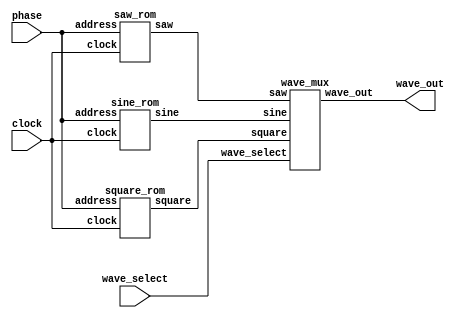
module wave_rom(
	input clock,
	input [1:0] wave_select,
	input [7:0] phase,
	output [15:0] wave_out
	);

	wire [15:0] sine, saw, square;

	sine_rom s0 (clock, phase, sine);
	saw_rom s1 (clock, phase, saw);
	square_rom s2 (clock, phase, square);

	wave_mux u_wm(sine, saw, square, wave_select, wave_out);

endmodule

module wave_mux(
	input [15:0] sine, saw, square,
	input [1:0] wave_select,
	output reg [15:0] wave_out
	);

	always @ (*)
	begin
		case(wave_select)

		0: wave_out = sine;
		1: wave_out = saw;
		2: wave_out = square;

		default: wave_out = sine;

		endcase
	end

endmodule






//////////////////////////////////////////////////
////////////	Sin Wave ROM Table	//////////////
//////////////////////////////////////////////////
// produces a 2's comp, 16-bit, approximation
// of a sine wave, given an input phase (address)
module sine_rom (clock, address, sine);
input clock;
input [7:0] address;
output [15:0] sine;
reg signed [15:0] sine;
always@(posedge clock)
begin
    case(address)
    			8'h00: sine = 16'h0;
			8'h01: sine = 16'h324;
			8'h02: sine = 16'h647;
			8'h03: sine = 16'h96a;
			8'h04: sine = 16'hc8b;
			8'h05: sine = 16'hfab;
			8'h06: sine = 16'h12c7;
			8'h07: sine = 16'h15e1;
			8'h08: sine = 16'h18f8;
			8'h09: sine = 16'h1c0b;
			8'h0a: sine = 16'h1f19;
			8'h0b: sine = 16'h2223;
			8'h0c: sine = 16'h2527;
			8'h0d: sine = 16'h2826;
			8'h0e: sine = 16'h2b1e;
			8'h0f: sine = 16'h2e10;
			8'h10: sine = 16'h30fb;
			8'h11: sine = 16'h33de;
			8'h12: sine = 16'h36b9;
			8'h13: sine = 16'h398c;
			8'h14: sine = 16'h3c56;
			8'h15: sine = 16'h3f16;
			8'h16: sine = 16'h41cd;
			8'h17: sine = 16'h447a;
			8'h18: sine = 16'h471c;
			8'h19: sine = 16'h49b3;
			8'h1a: sine = 16'h4c3f;
			8'h1b: sine = 16'h4ebf;
			8'h1c: sine = 16'h5133;
			8'h1d: sine = 16'h539a;
			8'h1e: sine = 16'h55f4;
			8'h1f: sine = 16'h5842;
			8'h20: sine = 16'h5a81;
			8'h21: sine = 16'h5cb3;
			8'h22: sine = 16'h5ed6;
			8'h23: sine = 16'h60eb;
			8'h24: sine = 16'h62f1;
			8'h25: sine = 16'h64e7;
			8'h26: sine = 16'h66ce;
			8'h27: sine = 16'h68a5;
			8'h28: sine = 16'h6a6c;
			8'h29: sine = 16'h6c23;
			8'h2a: sine = 16'h6dc9;
			8'h2b: sine = 16'h6f5e;
			8'h2c: sine = 16'h70e1;
			8'h2d: sine = 16'h7254;
			8'h2e: sine = 16'h73b5;
			8'h2f: sine = 16'h7503;
			8'h30: sine = 16'h7640;
			8'h31: sine = 16'h776b;
			8'h32: sine = 16'h7883;
			8'h33: sine = 16'h7989;
			8'h34: sine = 16'h7a7c;
			8'h35: sine = 16'h7b5c;
			8'h36: sine = 16'h7c29;
			8'h37: sine = 16'h7ce2;
			8'h38: sine = 16'h7d89;
			8'h39: sine = 16'h7e1c;
			8'h3a: sine = 16'h7e9c;
			8'h3b: sine = 16'h7f08;
			8'h3c: sine = 16'h7f61;
			8'h3d: sine = 16'h7fa6;
			8'h3e: sine = 16'h7fd7;
			8'h3f: sine = 16'h7ff5;
			8'h40: sine = 16'h7fff;
			8'h41: sine = 16'h7ff5;
			8'h42: sine = 16'h7fd7;
			8'h43: sine = 16'h7fa6;
			8'h44: sine = 16'h7f61;
			8'h45: sine = 16'h7f08;
			8'h46: sine = 16'h7e9c;
			8'h47: sine = 16'h7e1c;
			8'h48: sine = 16'h7d89;
			8'h49: sine = 16'h7ce2;
			8'h4a: sine = 16'h7c29;
			8'h4b: sine = 16'h7b5c;
			8'h4c: sine = 16'h7a7c;
			8'h4d: sine = 16'h7989;
			8'h4e: sine = 16'h7883;
			8'h4f: sine = 16'h776b;
			8'h50: sine = 16'h7640;
			8'h51: sine = 16'h7503;
			8'h52: sine = 16'h73b5;
			8'h53: sine = 16'h7254;
			8'h54: sine = 16'h70e1;
			8'h55: sine = 16'h6f5e;
			8'h56: sine = 16'h6dc9;
			8'h57: sine = 16'h6c23;
			8'h58: sine = 16'h6a6c;
			8'h59: sine = 16'h68a5;
			8'h5a: sine = 16'h66ce;
			8'h5b: sine = 16'h64e7;
			8'h5c: sine = 16'h62f1;
			8'h5d: sine = 16'h60eb;
			8'h5e: sine = 16'h5ed6;
			8'h5f: sine = 16'h5cb3;
			8'h60: sine = 16'h5a81;
			8'h61: sine = 16'h5842;
			8'h62: sine = 16'h55f4;
			8'h63: sine = 16'h539a;
			8'h64: sine = 16'h5133;
			8'h65: sine = 16'h4ebf;
			8'h66: sine = 16'h4c3f;
			8'h67: sine = 16'h49b3;
			8'h68: sine = 16'h471c;
			8'h69: sine = 16'h447a;
			8'h6a: sine = 16'h41cd;
			8'h6b: sine = 16'h3f16;
			8'h6c: sine = 16'h3c56;
			8'h6d: sine = 16'h398c;
			8'h6e: sine = 16'h36b9;
			8'h6f: sine = 16'h33de;
			8'h70: sine = 16'h30fb;
			8'h71: sine = 16'h2e10;
			8'h72: sine = 16'h2b1e;
			8'h73: sine = 16'h2826;
			8'h74: sine = 16'h2527;
			8'h75: sine = 16'h2223;
			8'h76: sine = 16'h1f19;
			8'h77: sine = 16'h1c0b;
			8'h78: sine = 16'h18f8;
			8'h79: sine = 16'h15e1;
			8'h7a: sine = 16'h12c7;
			8'h7b: sine = 16'hfab;
			8'h7c: sine = 16'hc8b;
			8'h7d: sine = 16'h96a;
			8'h7e: sine = 16'h647;
			8'h7f: sine = 16'h324;
			8'h80: sine = 16'h0;
			8'h81: sine = 16'hfcdc;
			8'h82: sine = 16'hf9b9;
			8'h83: sine = 16'hf696;
			8'h84: sine = 16'hf375;
			8'h85: sine = 16'hf055;
			8'h86: sine = 16'hed39;
			8'h87: sine = 16'hea1f;
			8'h88: sine = 16'he708;
			8'h89: sine = 16'he3f5;
			8'h8a: sine = 16'he0e7;
			8'h8b: sine = 16'hdddd;
			8'h8c: sine = 16'hdad9;
			8'h8d: sine = 16'hd7da;
			8'h8e: sine = 16'hd4e2;
			8'h8f: sine = 16'hd1f0;
			8'h90: sine = 16'hcf05;
			8'h91: sine = 16'hcc22;
			8'h92: sine = 16'hc947;
			8'h93: sine = 16'hc674;
			8'h94: sine = 16'hc3aa;
			8'h95: sine = 16'hc0ea;
			8'h96: sine = 16'hbe33;
			8'h97: sine = 16'hbb86;
			8'h98: sine = 16'hb8e4;
			8'h99: sine = 16'hb64d;
			8'h9a: sine = 16'hb3c1;
			8'h9b: sine = 16'hb141;
			8'h9c: sine = 16'haecd;
			8'h9d: sine = 16'hac66;
			8'h9e: sine = 16'haa0c;
			8'h9f: sine = 16'ha7be;
			8'ha0: sine = 16'ha57f;
			8'ha1: sine = 16'ha34d;
			8'ha2: sine = 16'ha12a;
			8'ha3: sine = 16'h9f15;
			8'ha4: sine = 16'h9d0f;
			8'ha5: sine = 16'h9b19;
			8'ha6: sine = 16'h9932;
			8'ha7: sine = 16'h975b;
			8'ha8: sine = 16'h9594;
			8'ha9: sine = 16'h93dd;
			8'haa: sine = 16'h9237;
			8'hab: sine = 16'h90a2;
			8'hac: sine = 16'h8f1f;
			8'had: sine = 16'h8dac;
			8'hae: sine = 16'h8c4b;
			8'haf: sine = 16'h8afd;
			8'hb0: sine = 16'h89c0;
			8'hb1: sine = 16'h8895;
			8'hb2: sine = 16'h877d;
			8'hb3: sine = 16'h8677;
			8'hb4: sine = 16'h8584;
			8'hb5: sine = 16'h84a4;
			8'hb6: sine = 16'h83d7;
			8'hb7: sine = 16'h831e;
			8'hb8: sine = 16'h8277;
			8'hb9: sine = 16'h81e4;
			8'hba: sine = 16'h8164;
			8'hbb: sine = 16'h80f8;
			8'hbc: sine = 16'h809f;
			8'hbd: sine = 16'h805a;
			8'hbe: sine = 16'h8029;
			8'hbf: sine = 16'h800b;
			8'hc0: sine = 16'h8001;
			8'hc1: sine = 16'h800b;
			8'hc2: sine = 16'h8029;
			8'hc3: sine = 16'h805a;
			8'hc4: sine = 16'h809f;
			8'hc5: sine = 16'h80f8;
			8'hc6: sine = 16'h8164;
			8'hc7: sine = 16'h81e4;
			8'hc8: sine = 16'h8277;
			8'hc9: sine = 16'h831e;
			8'hca: sine = 16'h83d7;
			8'hcb: sine = 16'h84a4;
			8'hcc: sine = 16'h8584;
			8'hcd: sine = 16'h8677;
			8'hce: sine = 16'h877d;
			8'hcf: sine = 16'h8895;
			8'hd0: sine = 16'h89c0;
			8'hd1: sine = 16'h8afd;
			8'hd2: sine = 16'h8c4b;
			8'hd3: sine = 16'h8dac;
			8'hd4: sine = 16'h8f1f;
			8'hd5: sine = 16'h90a2;
			8'hd6: sine = 16'h9237;
			8'hd7: sine = 16'h93dd;
			8'hd8: sine = 16'h9594;
			8'hd9: sine = 16'h975b;
			8'hda: sine = 16'h9932;
			8'hdb: sine = 16'h9b19;
			8'hdc: sine = 16'h9d0f;
			8'hdd: sine = 16'h9f15;
			8'hde: sine = 16'ha12a;
			8'hdf: sine = 16'ha34d;
			8'he0: sine = 16'ha57f;
			8'he1: sine = 16'ha7be;
			8'he2: sine = 16'haa0c;
			8'he3: sine = 16'hac66;
			8'he4: sine = 16'haecd;
			8'he5: sine = 16'hb141;
			8'he6: sine = 16'hb3c1;
			8'he7: sine = 16'hb64d;
			8'he8: sine = 16'hb8e4;
			8'he9: sine = 16'hbb86;
			8'hea: sine = 16'hbe33;
			8'heb: sine = 16'hc0ea;
			8'hec: sine = 16'hc3aa;
			8'hed: sine = 16'hc674;
			8'hee: sine = 16'hc947;
			8'hef: sine = 16'hcc22;
			8'hf0: sine = 16'hcf05;
			8'hf1: sine = 16'hd1f0;
			8'hf2: sine = 16'hd4e2;
			8'hf3: sine = 16'hd7da;
			8'hf4: sine = 16'hdad9;
			8'hf5: sine = 16'hdddd;
			8'hf6: sine = 16'he0e7;
			8'hf7: sine = 16'he3f5;
			8'hf8: sine = 16'he708;
			8'hf9: sine = 16'hea1f;
			8'hfa: sine = 16'hed39;
			8'hfb: sine = 16'hf055;
			8'hfc: sine = 16'hf375;
			8'hfd: sine = 16'hf696;
			8'hfe: sine = 16'hf9b9;
			8'hff: sine = 16'hfcdc;
	endcase
end
endmodule

//////////////////////////////////////////////////
////////////	Square Wave ROM Table	//////////////
//////////////////////////////////////////////////
// produces a 2's comp, 16-bit, approximation
// of a square wave, given an input phase (address)
module square_rom (clock, address, square);
input clock;
input [7:0] address;
output [15:0] square;
reg signed [15:0] square;
always@(posedge clock)
begin
    case(address)
    		8'h00: square = 16'h8000;
			8'h01: square = 16'h8000;
			8'h02: square = 16'h8000;
			8'h03: square = 16'h8000;
			8'h04: square = 16'h8000;
			8'h05: square = 16'h8000;
			8'h06: square = 16'h8000;
			8'h07: square = 16'h8000;
			8'h08: square = 16'h8000;
			8'h09: square = 16'h8000;
			8'h0a: square = 16'h8000;
			8'h0b: square = 16'h8000;
			8'h0c: square = 16'h8000;
			8'h0d: square = 16'h8000;
			8'h0e: square = 16'h8000;
			8'h0f: square = 16'h8000;
			8'h10: square = 16'h8000;
			8'h11: square = 16'h8000;
			8'h12: square = 16'h8000;
			8'h13: square = 16'h8000;
			8'h14: square = 16'h8000;
			8'h15: square = 16'h8000;
			8'h16: square = 16'h8000;
			8'h17: square = 16'h8000;
			8'h18: square = 16'h8000;
			8'h19: square = 16'h8000;
			8'h1a: square = 16'h8000;
			8'h1b: square = 16'h8000;
			8'h1c: square = 16'h8000;
			8'h1d: square = 16'h8000;
			8'h1e: square = 16'h8000;
			8'h1f: square = 16'h8000;
			8'h20: square = 16'h8000;
			8'h21: square = 16'h8000;
			8'h22: square = 16'h8000;
			8'h23: square = 16'h8000;
			8'h24: square = 16'h8000;
			8'h25: square = 16'h8000;
			8'h26: square = 16'h8000;
			8'h27: square = 16'h8000;
			8'h28: square = 16'h8000;
			8'h29: square = 16'h8000;
			8'h2a: square = 16'h8000;
			8'h2b: square = 16'h8000;
			8'h2c: square = 16'h8000;
			8'h2d: square = 16'h8000;
			8'h2e: square = 16'h8000;
			8'h2f: square = 16'h8000;
			8'h30: square = 16'h8000;
			8'h31: square = 16'h8000;
			8'h32: square = 16'h8000;
			8'h33: square = 16'h8000;
			8'h34: square = 16'h8000;
			8'h35: square = 16'h8000;
			8'h36: square = 16'h8000;
			8'h37: square = 16'h8000;
			8'h38: square = 16'h8000;
			8'h39: square = 16'h8000;
			8'h3a: square = 16'h8000;
			8'h3b: square = 16'h8000;
			8'h3c: square = 16'h8000;
			8'h3d: square = 16'h8000;
			8'h3e: square = 16'h8000;
			8'h3f: square = 16'h8000;
			8'h40: square = 16'h8000;
			8'h41: square = 16'h8000;
			8'h42: square = 16'h8000;
			8'h43: square = 16'h8000;
			8'h44: square = 16'h8000;
			8'h45: square = 16'h8000;
			8'h46: square = 16'h8000;
			8'h47: square = 16'h8000;
			8'h48: square = 16'h8000;
			8'h49: square = 16'h8000;
			8'h4a: square = 16'h8000;
			8'h4b: square = 16'h8000;
			8'h4c: square = 16'h8000;
			8'h4d: square = 16'h8000;
			8'h4e: square = 16'h8000;
			8'h4f: square = 16'h8000;
			8'h50: square = 16'h8000;
			8'h51: square = 16'h8000;
			8'h52: square = 16'h8000;
			8'h53: square = 16'h8000;
			8'h54: square = 16'h8000;
			8'h55: square = 16'h8000;
			8'h56: square = 16'h8000;
			8'h57: square = 16'h8000;
			8'h58: square = 16'h8000;
			8'h59: square = 16'h8000;
			8'h5a: square = 16'h8000;
			8'h5b: square = 16'h8000;
			8'h5c: square = 16'h8000;
			8'h5d: square = 16'h8000;
			8'h5e: square = 16'h8000;
			8'h5f: square = 16'h8000;
			8'h60: square = 16'h8000;
			8'h61: square = 16'h8000;
			8'h62: square = 16'h8000;
			8'h63: square = 16'h8000;
			8'h64: square = 16'h8000;
			8'h65: square = 16'h8000;
			8'h66: square = 16'h8000;
			8'h67: square = 16'h8000;
			8'h68: square = 16'h8000;
			8'h69: square = 16'h8000;
			8'h6a: square = 16'h8000;
			8'h6b: square = 16'h8000;
			8'h6c: square = 16'h8000;
			8'h6d: square = 16'h8000;
			8'h6e: square = 16'h8000;
			8'h6f: square = 16'h8000;
			8'h70: square = 16'h8000;
			8'h71: square = 16'h8000;
			8'h72: square = 16'h8000;
			8'h73: square = 16'h8000;
			8'h74: square = 16'h8000;
			8'h75: square = 16'h8000;
			8'h76: square = 16'h8000;
			8'h77: square = 16'h8000;
			8'h78: square = 16'h8000;
			8'h79: square = 16'h8000;
			8'h7a: square = 16'h8000;
			8'h7b: square = 16'h8000;
			8'h7c: square = 16'h8000;
			8'h7d: square = 16'h8000;
			8'h7e: square = 16'h8000;
			8'h7f: square = 16'h8000;
			8'h80: square = 16'h7fff;
			8'h81: square = 16'h7fff;
			8'h82: square = 16'h7fff;
			8'h83: square = 16'h7fff;
			8'h84: square = 16'h7fff;
			8'h85: square = 16'h7fff;
			8'h86: square = 16'h7fff;
			8'h87: square = 16'h7fff;
			8'h88: square = 16'h7fff;
			8'h89: square = 16'h7fff;
			8'h8a: square = 16'h7fff;
			8'h8b: square = 16'h7fff;
			8'h8c: square = 16'h7fff;
			8'h8d: square = 16'h7fff;
			8'h8e: square = 16'h7fff;
			8'h8f: square = 16'h7fff;
			8'h90: square = 16'h7fff;
			8'h91: square = 16'h7fff;
			8'h92: square = 16'h7fff;
			8'h93: square = 16'h7fff;
			8'h94: square = 16'h7fff;
			8'h95: square = 16'h7fff;
			8'h96: square = 16'h7fff;
			8'h97: square = 16'h7fff;
			8'h98: square = 16'h7fff;
			8'h99: square = 16'h7fff;
			8'h9a: square = 16'h7fff;
			8'h9b: square = 16'h7fff;
			8'h9c: square = 16'h7fff;
			8'h9d: square = 16'h7fff;
			8'h9e: square = 16'h7fff;
			8'h9f: square = 16'h7fff;
			8'ha0: square = 16'h7fff;
			8'ha1: square = 16'h7fff;
			8'ha2: square = 16'h7fff;
			8'ha3: square = 16'h7fff;
			8'ha4: square = 16'h7fff;
			8'ha5: square = 16'h7fff;
			8'ha6: square = 16'h7fff;
			8'ha7: square = 16'h7fff;
			8'ha8: square = 16'h7fff;
			8'ha9: square = 16'h7fff;
			8'haa: square = 16'h7fff;
			8'hab: square = 16'h7fff;
			8'hac: square = 16'h7fff;
			8'had: square = 16'h7fff;
			8'hae: square = 16'h7fff;
			8'haf: square = 16'h7fff;
			8'hb0: square = 16'h7fff;
			8'hb1: square = 16'h7fff;
			8'hb2: square = 16'h7fff;
			8'hb3: square = 16'h7fff;
			8'hb4: square = 16'h7fff;
			8'hb5: square = 16'h7fff;
			8'hb6: square = 16'h7fff;
			8'hb7: square = 16'h7fff;
			8'hb8: square = 16'h7fff;
			8'hb9: square = 16'h7fff;
			8'hba: square = 16'h7fff;
			8'hbb: square = 16'h7fff;
			8'hbc: square = 16'h7fff;
			8'hbd: square = 16'h7fff;
			8'hbe: square = 16'h7fff;
			8'hbf: square = 16'h7fff;
			8'hc0: square = 16'h7fff;
			8'hc1: square = 16'h7fff;
			8'hc2: square = 16'h7fff;
			8'hc3: square = 16'h7fff;
			8'hc4: square = 16'h7fff;
			8'hc5: square = 16'h7fff;
			8'hc6: square = 16'h7fff;
			8'hc7: square = 16'h7fff;
			8'hc8: square = 16'h7fff;
			8'hc9: square = 16'h7fff;
			8'hca: square = 16'h7fff;
			8'hcb: square = 16'h7fff;
			8'hcc: square = 16'h7fff;
			8'hcd: square = 16'h7fff;
			8'hce: square = 16'h7fff;
			8'hcf: square = 16'h7fff;
			8'hd0: square = 16'h7fff;
			8'hd1: square = 16'h7fff;
			8'hd2: square = 16'h7fff;
			8'hd3: square = 16'h7fff;
			8'hd4: square = 16'h7fff;
			8'hd5: square = 16'h7fff;
			8'hd6: square = 16'h7fff;
			8'hd7: square = 16'h7fff;
			8'hd8: square = 16'h7fff;
			8'hd9: square = 16'h7fff;
			8'hda: square = 16'h7fff;
			8'hdb: square = 16'h7fff;
			8'hdc: square = 16'h7fff;
			8'hdd: square = 16'h7fff;
			8'hde: square = 16'h7fff;
			8'hdf: square = 16'h7fff;
			8'he0: square = 16'h7fff;
			8'he1: square = 16'h7fff;
			8'he2: square = 16'h7fff;
			8'he3: square = 16'h7fff;
			8'he4: square = 16'h7fff;
			8'he5: square = 16'h7fff;
			8'he6: square = 16'h7fff;
			8'he7: square = 16'h7fff;
			8'he8: square = 16'h7fff;
			8'he9: square = 16'h7fff;
			8'hea: square = 16'h7fff;
			8'heb: square = 16'h7fff;
			8'hec: square = 16'h7fff;
			8'hed: square = 16'h7fff;
			8'hee: square = 16'h7fff;
			8'hef: square = 16'h7fff;
			8'hf0: square = 16'h7fff;
			8'hf1: square = 16'h7fff;
			8'hf2: square = 16'h7fff;
			8'hf3: square = 16'h7fff;
			8'hf4: square = 16'h7fff;
			8'hf5: square = 16'h7fff;
			8'hf6: square = 16'h7fff;
			8'hf7: square = 16'h7fff;
			8'hf8: square = 16'h7fff;
			8'hf9: square = 16'h7fff;
			8'hfa: square = 16'h7fff;
			8'hfb: square = 16'h7fff;
			8'hfc: square = 16'h7fff;
			8'hfd: square = 16'h7fff;
			8'hfe: square = 16'h7fff;
			8'hff: square = 16'h7fff;
	endcase
end
endmodule

//////////////////////////////////////////////////
////////////	Saw Wave ROM Table	//////////////
//////////////////////////////////////////////////
// produces a 2's comp, 16-bit, approximation
// of a saw wave, given an input phase (address)
module saw_rom (clock, address, saw);
input clock;
input [7:0] address;
output [15:0] saw;
reg signed [15:0] saw;
always@(posedge clock)
begin
    case(address)
			8'h00: saw = 16'h7fff;
			8'h01: saw = 16'h7efe;
			8'h02: saw = 16'h7dfd;
			8'h03: saw = 16'h7cfc;
			8'h04: saw = 16'h7bfb;
			8'h05: saw = 16'h7afa;
			8'h06: saw = 16'h79f9;
			8'h07: saw = 16'h78f8;
			8'h08: saw = 16'h77f7;
			8'h09: saw = 16'h76f6;
			8'h0a: saw = 16'h75f5;
			8'h0b: saw = 16'h74f4;
			8'h0c: saw = 16'h73f3;
			8'h0d: saw = 16'h72f2;
			8'h0e: saw = 16'h71f1;
			8'h0f: saw = 16'h70f0;
			8'h10: saw = 16'h6fef;
			8'h11: saw = 16'h6eee;
			8'h12: saw = 16'h6ded;
			8'h13: saw = 16'h6cec;
			8'h14: saw = 16'h6beb;
			8'h15: saw = 16'h6aea;
			8'h16: saw = 16'h69e9;
			8'h17: saw = 16'h68e8;
			8'h18: saw = 16'h67e7;
			8'h19: saw = 16'h66e6;
			8'h1a: saw = 16'h65e5;
			8'h1b: saw = 16'h64e4;
			8'h1c: saw = 16'h63e3;
			8'h1d: saw = 16'h62e2;
			8'h1e: saw = 16'h61e1;
			8'h1f: saw = 16'h60e0;
			8'h20: saw = 16'h5fdf;
			8'h21: saw = 16'h5ede;
			8'h22: saw = 16'h5ddd;
			8'h23: saw = 16'h5cdc;
			8'h24: saw = 16'h5bdb;
			8'h25: saw = 16'h5ada;
			8'h26: saw = 16'h59d9;
			8'h27: saw = 16'h58d8;
			8'h28: saw = 16'h57d7;
			8'h29: saw = 16'h56d6;
			8'h2a: saw = 16'h55d5;
			8'h2b: saw = 16'h54d4;
			8'h2c: saw = 16'h53d3;
			8'h2d: saw = 16'h52d2;
			8'h2e: saw = 16'h51d1;
			8'h2f: saw = 16'h50d0;
			8'h30: saw = 16'h4fcf;
			8'h31: saw = 16'h4ece;
			8'h32: saw = 16'h4dcd;
			8'h33: saw = 16'h4ccc;
			8'h34: saw = 16'h4bcb;
			8'h35: saw = 16'h4aca;
			8'h36: saw = 16'h49c9;
			8'h37: saw = 16'h48c8;
			8'h38: saw = 16'h47c7;
			8'h39: saw = 16'h46c6;
			8'h3a: saw = 16'h45c5;
			8'h3b: saw = 16'h44c4;
			8'h3c: saw = 16'h43c3;
			8'h3d: saw = 16'h42c2;
			8'h3e: saw = 16'h41c1;
			8'h3f: saw = 16'h40c0;
			8'h40: saw = 16'h3fbf;
			8'h41: saw = 16'h3ebe;
			8'h42: saw = 16'h3dbd;
			8'h43: saw = 16'h3cbc;
			8'h44: saw = 16'h3bbb;
			8'h45: saw = 16'h3aba;
			8'h46: saw = 16'h39b9;
			8'h47: saw = 16'h38b8;
			8'h48: saw = 16'h37b7;
			8'h49: saw = 16'h36b6;
			8'h4a: saw = 16'h35b5;
			8'h4b: saw = 16'h34b4;
			8'h4c: saw = 16'h33b3;
			8'h4d: saw = 16'h32b2;
			8'h4e: saw = 16'h31b1;
			8'h4f: saw = 16'h30b0;
			8'h50: saw = 16'h2faf;
			8'h51: saw = 16'h2eae;
			8'h52: saw = 16'h2dad;
			8'h53: saw = 16'h2cac;
			8'h54: saw = 16'h2bab;
			8'h55: saw = 16'h2aaa;
			8'h56: saw = 16'h29a9;
			8'h57: saw = 16'h28a8;
			8'h58: saw = 16'h27a7;
			8'h59: saw = 16'h26a6;
			8'h5a: saw = 16'h25a5;
			8'h5b: saw = 16'h24a4;
			8'h5c: saw = 16'h23a3;
			8'h5d: saw = 16'h22a2;
			8'h5e: saw = 16'h21a1;
			8'h5f: saw = 16'h20a0;
			8'h60: saw = 16'h1f9f;
			8'h61: saw = 16'h1e9e;
			8'h62: saw = 16'h1d9d;
			8'h63: saw = 16'h1c9c;
			8'h64: saw = 16'h1b9b;
			8'h65: saw = 16'h1a9a;
			8'h66: saw = 16'h1999;
			8'h67: saw = 16'h1898;
			8'h68: saw = 16'h1797;
			8'h69: saw = 16'h1696;
			8'h6a: saw = 16'h1595;
			8'h6b: saw = 16'h1494;
			8'h6c: saw = 16'h1393;
			8'h6d: saw = 16'h1292;
			8'h6e: saw = 16'h1191;
			8'h6f: saw = 16'h1090;
			8'h70: saw = 16'h0f8f;
			8'h71: saw = 16'h0e8e;
			8'h72: saw = 16'h0d8d;
			8'h73: saw = 16'h0c8c;
			8'h74: saw = 16'h0b8b;
			8'h75: saw = 16'h0a8a;
			8'h76: saw = 16'h0989;
			8'h77: saw = 16'h0888;
			8'h78: saw = 16'h0787;
			8'h79: saw = 16'h0686;
			8'h7a: saw = 16'h0585;
			8'h7b: saw = 16'h0484;
			8'h7c: saw = 16'h0383;
			8'h7d: saw = 16'h0282;
			8'h7e: saw = 16'h0181;
			8'h7f: saw = 16'h0080;
			8'h80: saw = 16'hff7f;
			8'h81: saw = 16'hfe7e;
			8'h82: saw = 16'hfd7d;
			8'h83: saw = 16'hfc7c;
			8'h84: saw = 16'hfb7b;
			8'h85: saw = 16'hfa7a;
			8'h86: saw = 16'hf979;
			8'h87: saw = 16'hf878;
			8'h88: saw = 16'hf777;
			8'h89: saw = 16'hf676;
			8'h8a: saw = 16'hf575;
			8'h8b: saw = 16'hf474;
			8'h8c: saw = 16'hf373;
			8'h8d: saw = 16'hf272;
			8'h8e: saw = 16'hf171;
			8'h8f: saw = 16'hf070;
			8'h90: saw = 16'hef6f;
			8'h91: saw = 16'hee6e;
			8'h92: saw = 16'hed6d;
			8'h93: saw = 16'hec6c;
			8'h94: saw = 16'heb6b;
			8'h95: saw = 16'hea6a;
			8'h96: saw = 16'he969;
			8'h97: saw = 16'he868;
			8'h98: saw = 16'he767;
			8'h99: saw = 16'he666;
			8'h9a: saw = 16'he565;
			8'h9b: saw = 16'he464;
			8'h9c: saw = 16'he363;
			8'h9d: saw = 16'he262;
			8'h9e: saw = 16'he161;
			8'h9f: saw = 16'he060;
			8'ha0: saw = 16'hdf5f;
			8'ha1: saw = 16'hde5e;
			8'ha2: saw = 16'hdd5d;
			8'ha3: saw = 16'hdc5c;
			8'ha4: saw = 16'hdb5b;
			8'ha5: saw = 16'hda5a;
			8'ha6: saw = 16'hd959;
			8'ha7: saw = 16'hd858;
			8'ha8: saw = 16'hd757;
			8'ha9: saw = 16'hd656;
			8'haa: saw = 16'hd555;
			8'hab: saw = 16'hd454;
			8'hac: saw = 16'hd353;
			8'had: saw = 16'hd252;
			8'hae: saw = 16'hd151;
			8'haf: saw = 16'hd050;
			8'hb0: saw = 16'hcf4f;
			8'hb1: saw = 16'hce4e;
			8'hb2: saw = 16'hcd4d;
			8'hb3: saw = 16'hcc4c;
			8'hb4: saw = 16'hcb4b;
			8'hb5: saw = 16'hca4a;
			8'hb6: saw = 16'hc949;
			8'hb7: saw = 16'hc848;
			8'hb8: saw = 16'hc747;
			8'hb9: saw = 16'hc646;
			8'hba: saw = 16'hc545;
			8'hbb: saw = 16'hc444;
			8'hbc: saw = 16'hc343;
			8'hbd: saw = 16'hc242;
			8'hbe: saw = 16'hc141;
			8'hbf: saw = 16'hc040;
			8'hc0: saw = 16'hbf3f;
			8'hc1: saw = 16'hbe3e;
			8'hc2: saw = 16'hbd3d;
			8'hc3: saw = 16'hbc3c;
			8'hc4: saw = 16'hbb3b;
			8'hc5: saw = 16'hba3a;
			8'hc6: saw = 16'hb939;
			8'hc7: saw = 16'hb838;
			8'hc8: saw = 16'hb737;
			8'hc9: saw = 16'hb636;
			8'hca: saw = 16'hb535;
			8'hcb: saw = 16'hb434;
			8'hcc: saw = 16'hb333;
			8'hcd: saw = 16'hb232;
			8'hce: saw = 16'hb131;
			8'hcf: saw = 16'hb030;
			8'hd0: saw = 16'haf2f;
			8'hd1: saw = 16'hae2e;
			8'hd2: saw = 16'had2d;
			8'hd3: saw = 16'hac2c;
			8'hd4: saw = 16'hab2b;
			8'hd5: saw = 16'haa2a;
			8'hd6: saw = 16'ha929;
			8'hd7: saw = 16'ha828;
			8'hd8: saw = 16'ha727;
			8'hd9: saw = 16'ha626;
			8'hda: saw = 16'ha525;
			8'hdb: saw = 16'ha424;
			8'hdc: saw = 16'ha323;
			8'hdd: saw = 16'ha222;
			8'hde: saw = 16'ha121;
			8'hdf: saw = 16'ha020;
			8'he0: saw = 16'h9f1f;
			8'he1: saw = 16'h9e1e;
			8'he2: saw = 16'h9d1d;
			8'he3: saw = 16'h9c1c;
			8'he4: saw = 16'h9b1b;
			8'he5: saw = 16'h9a1a;
			8'he6: saw = 16'h9919;
			8'he7: saw = 16'h9818;
			8'he8: saw = 16'h9717;
			8'he9: saw = 16'h9616;
			8'hea: saw = 16'h9515;
			8'heb: saw = 16'h9414;
			8'hec: saw = 16'h9313;
			8'hed: saw = 16'h9212;
			8'hee: saw = 16'h9111;
			8'hef: saw = 16'h9010;
			8'hf0: saw = 16'h8f0f;
			8'hf1: saw = 16'h8e0e;
			8'hf2: saw = 16'h8d0d;
			8'hf3: saw = 16'h8c0c;
			8'hf4: saw = 16'h8b0b;
			8'hf5: saw = 16'h8a0a;
			8'hf6: saw = 16'h8909;
			8'hf7: saw = 16'h8808;
			8'hf8: saw = 16'h8707;
			8'hf9: saw = 16'h8606;
			8'hfa: saw = 16'h8505;
			8'hfb: saw = 16'h8404;
			8'hfc: saw = 16'h8303;
			8'hfd: saw = 16'h8202;
			8'hfe: saw = 16'h8101;
			8'hff: saw = 16'h8000;
			endcase
end
endmodule
//////////////////////////////////////////////////